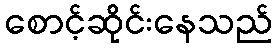
စောင့်ဆိုင်းနေသည်